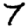
Digit: 7